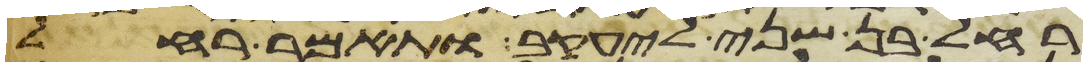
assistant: רחל בן שני ליעקב ותאמר רחל